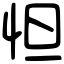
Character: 怛